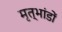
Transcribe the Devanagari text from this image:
मृत्भांडों